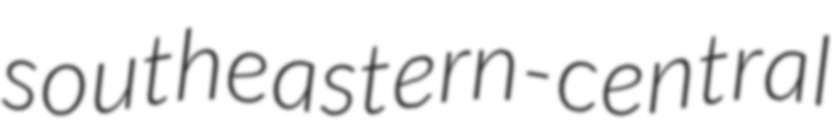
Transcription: southeastern-central